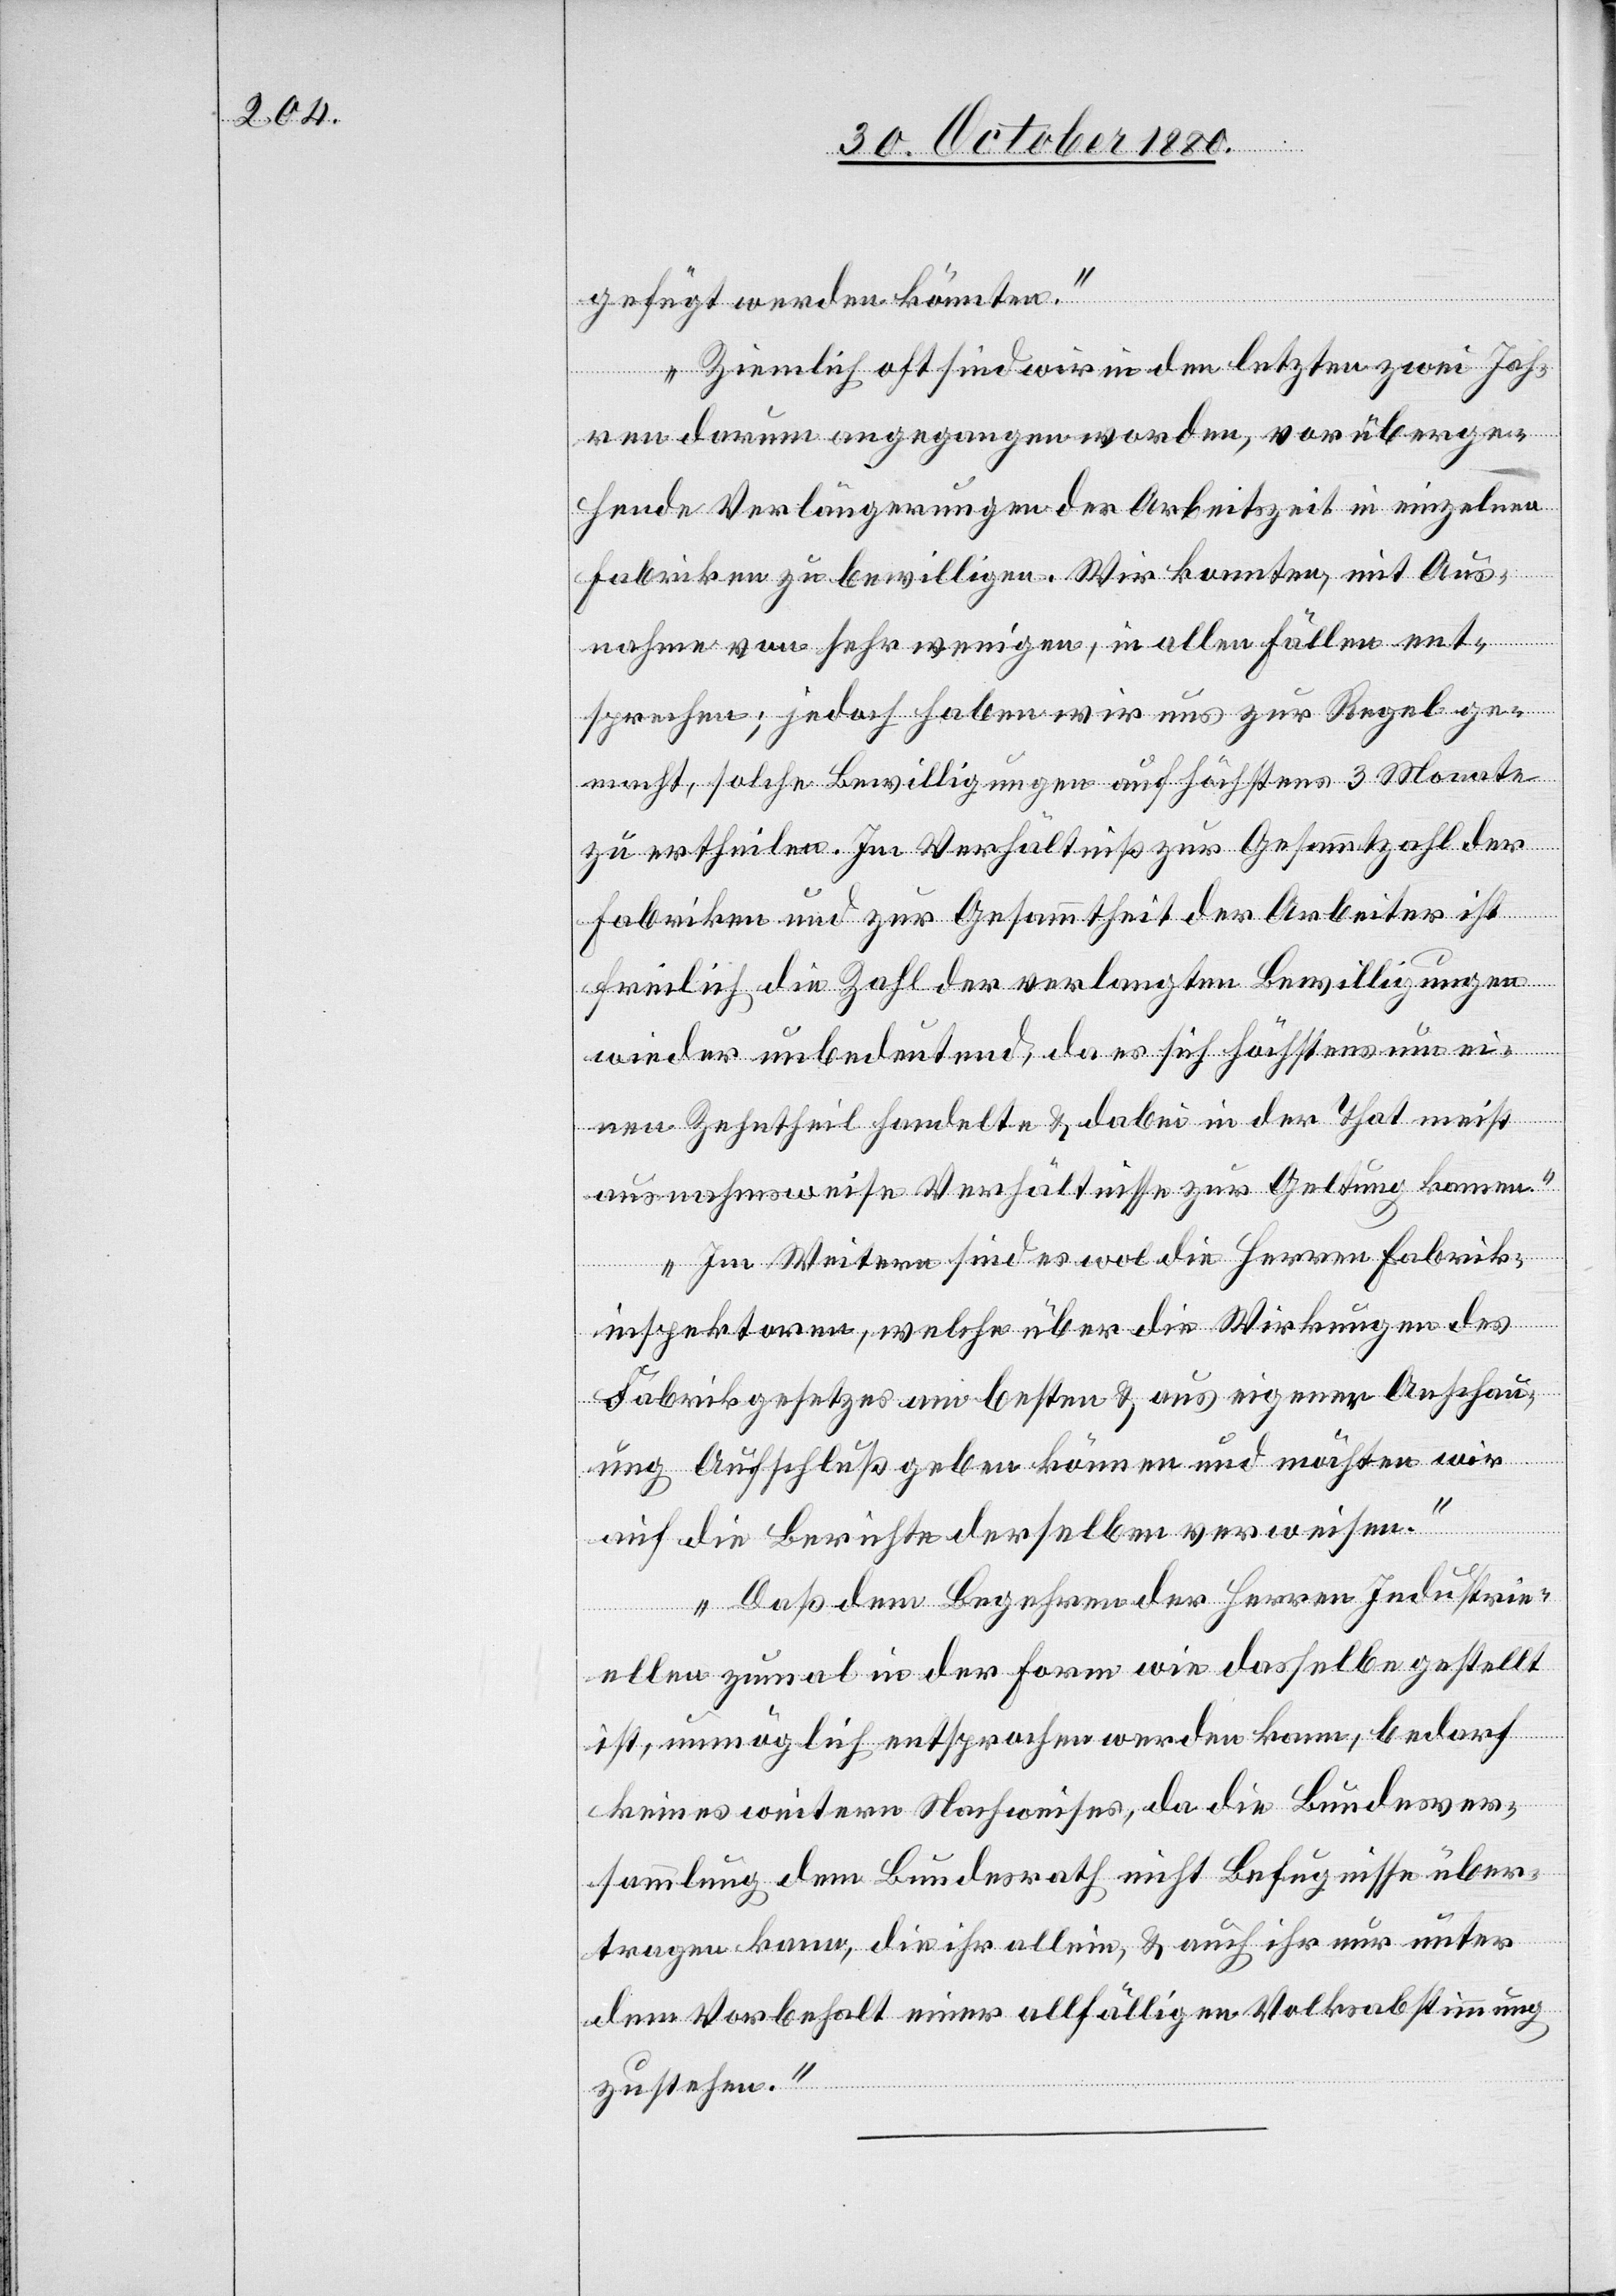
gefügt werden könnten.
Ziemlich oft sind wir in den letzten zwei Jah¬
ren darum angegangen worden, vorüberge¬
hende Verlängerungen der Arbeitszeit in einzelnen
Fabriken zu bewilligen. Wir konnten, mit Aus¬
nahme von sehr wenigen, in allen Fällen ent¬
sprechen; jedoch haben wir uns zur Regel ge¬
macht, solche Bewilligungen auf höchstens 3 Monate
zu ertheilen. Im Verhältniß zur Gesammtzahl der
Fabriken und zur Gesammtheit der Arbeiter ist
freilich die Zahl der verlangten Bewilligungen
wieder unbedeutend, da es sich höchstens um ei¬
nen Zehntheil handelte & dabei in der That meist
ausnahmsweise Verhältnisse zur Geltung kamen.
Im Weitern sind es wol die Herren Fabrik¬
inspektoren, welche über die Wirkungen des
Fabrikgesetzes am besten & aus eigener Anschau¬
ung Aufschluß geben können und möchten wir
auf die Berichte derselben verweisen.
Daß dem Begehren der Herren Industrie¬
llen zumal in der Form wie dasselbe gestellt
ist, unmöglich entsprochen werden kann, bedarf
keines weitern Nachweises, da die Bundesver¬
sammlung dem Bundesrath nicht Befugnisse über¬
tragen kann, die ihr allein, & auch ihr nur unter
dem Vorbehalt einer allfälligen Volksabstimmung
zustehen.“